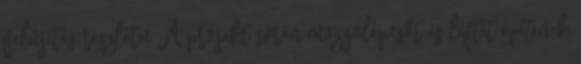
felújítás részletei A projekt során mozgólépcsőt és liftet építenek